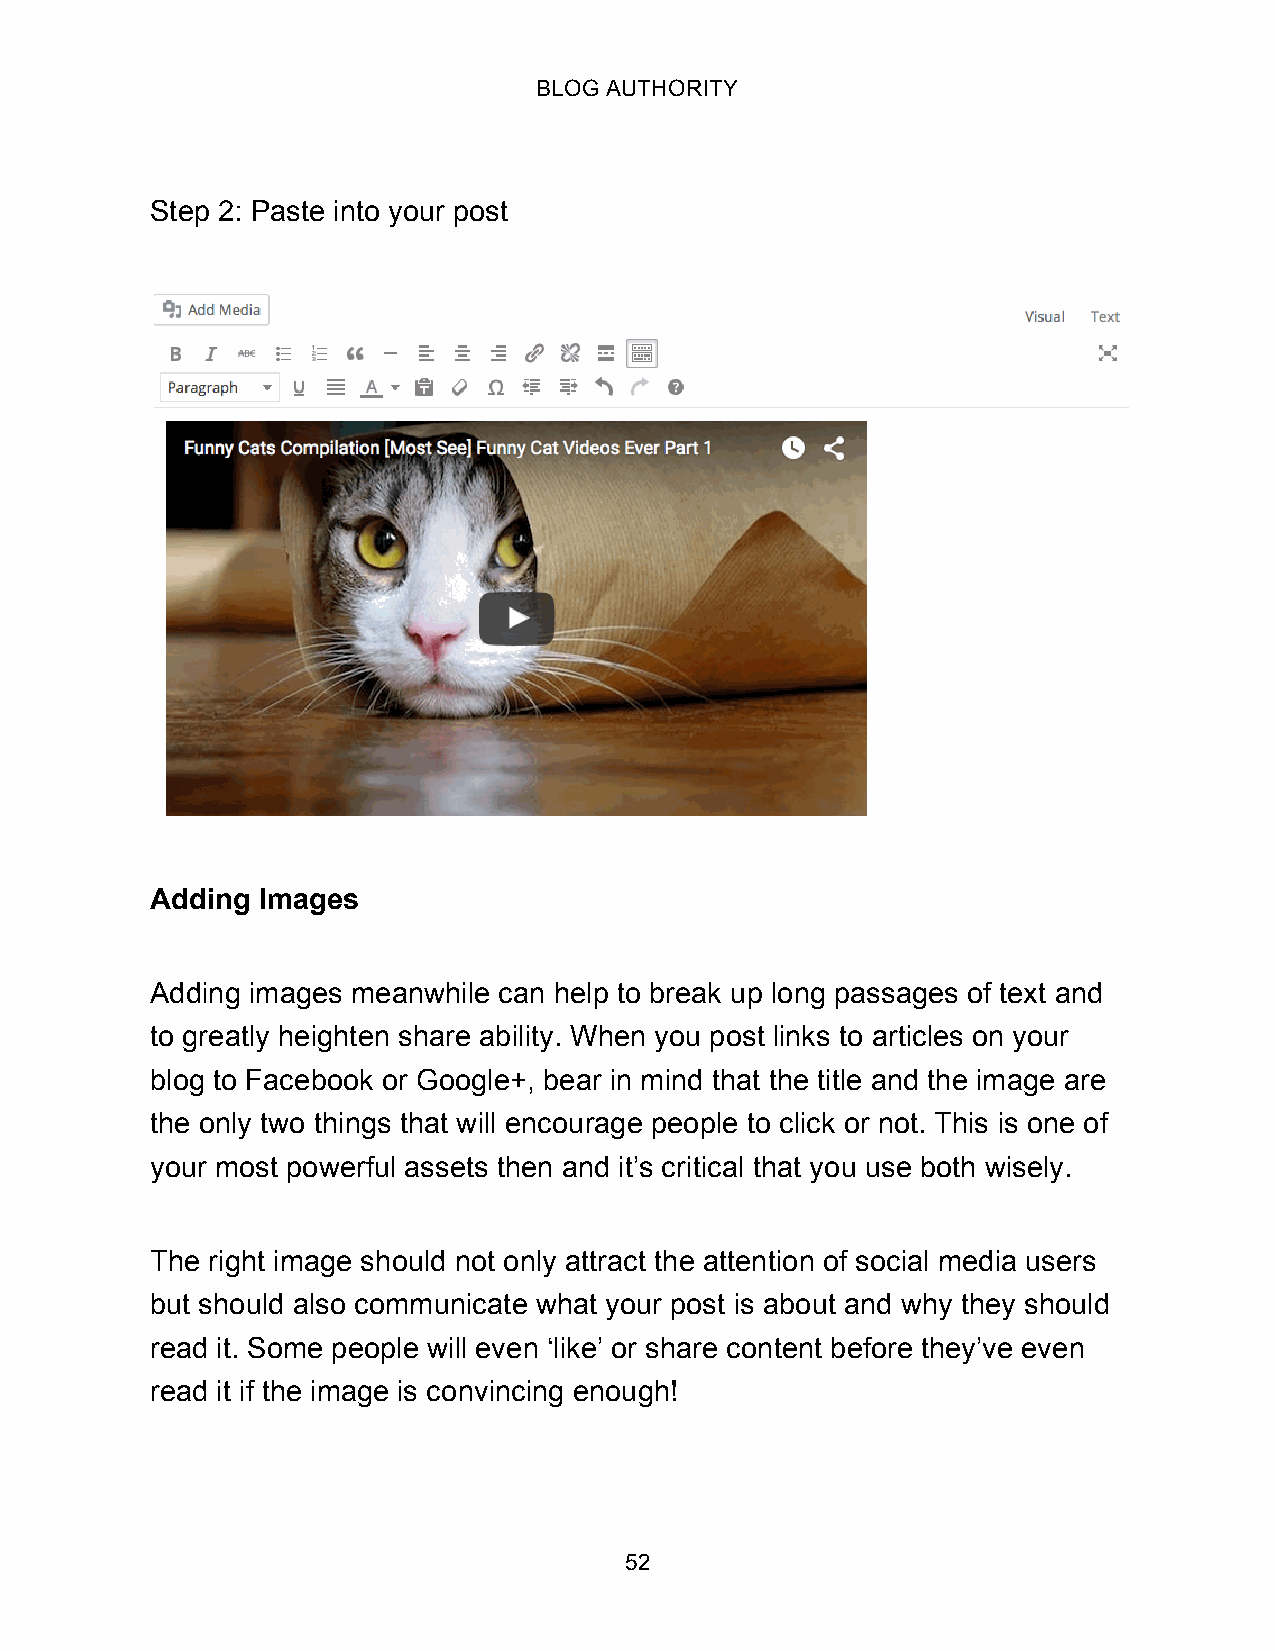
BLOG AUTHORITY
 Step 2: Paste into your post
 Adding Images
 Adding images meanwhile can help to break up long passages of text and
 to greatly heighten share ability. When you post links to articles on your
 blog to Facebook or Google+, bear in mind that the title and the image are
 the only two things that will encourage people to click or not. This is one of
 your most powerful assets then and it’s critical that you use both wisely.
 The right image should not only attract the attention of social media users
 but should also communicate what your post is about and why they should
 read it. Some people will even ‘like’ or share content before they’ve even
 read it if the image is convincing enough!
 52